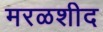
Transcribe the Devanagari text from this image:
मरळशीद